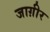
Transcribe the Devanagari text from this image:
जाग़ीर